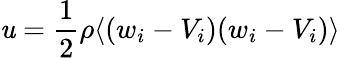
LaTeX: \mathit{u}={\frac{{1}}{{2}}}\rho\langle(w_{i}-V_{i})(w_{i}-V_{i})\rangle